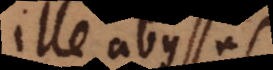
Ille abyssus